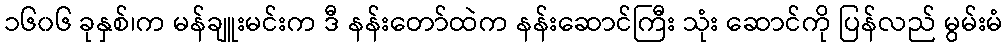
၁၆၀၆ ခုနှစ်၊က မန်ချူးမင်းက ဒီ နန်းတော်ထဲက နန်းဆောင်ကြီး သုံး ဆောင်ကို ပြန်လည် မွမ်းမံ